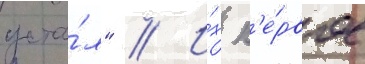
уста́л" // И́х п'е́рвое